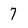
Character: 7